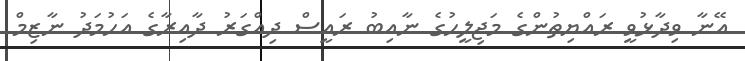
އޭނާ ވިދާޅުވީ ރައްޔިތުންގެ މަޖިލީހުގެ ނާއިބު ރައީސް ދިއްގަރު ދާއިރާގެ އަހުމަދު ނާޒިމް